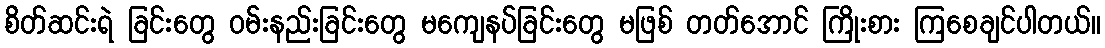
စိတ်ဆင်းရဲ ခြင်းတွေ ဝမ်းနည်းခြင်းတွေ မကျေနပ်ခြင်းတွေ မဖြစ် တတ်အောင် ကြိုးစား ကြစေချင်ပါတယ်။